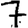
Digit: 7